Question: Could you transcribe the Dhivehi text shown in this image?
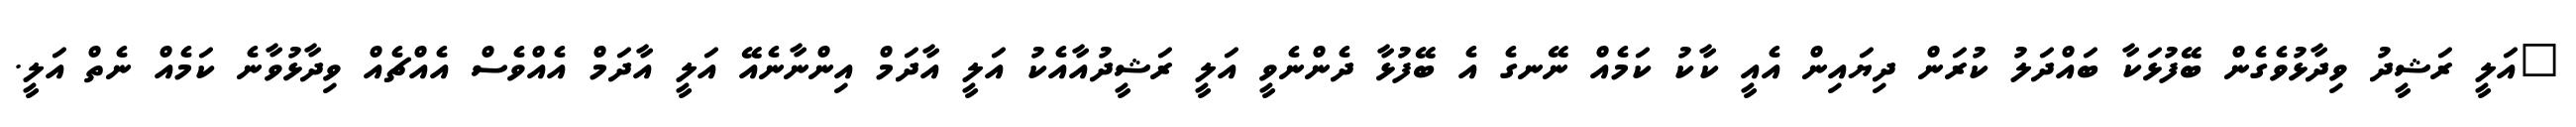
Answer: "އަލީ ރަޝީދު ވިދާޅުވެގެން ބޭފުޅަކާ ބައްދަލު ކުރަން ދިޔައިން އެއީ ކާކު ކަމެއް ނޭނގެ އެ ބޭފުޅާ ދެންނެވީ އަލީ ރަޝީދުއާއެކު އަލީ އާދަމް އިންނާނެއޭ އަލީ އާދަމް އެއްވެސް އެއްޗެއް ވިދާޅުވާނެ ކަމެއް ނެތް އަލީ.